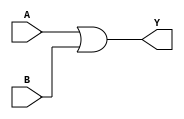
module combinational_logic (
    input wire A,  // Input A
    input wire B,  // Input B
    output wire Y  // Output Y
);

// Combinational logic implementation
assign Y = A | B;  // Y = A + B

endmodule